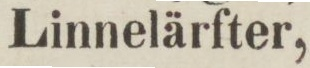
Linnelärfter,